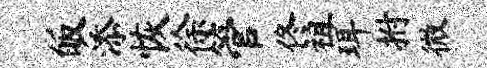
皈添恢徐管佟祖珥拊微